Leaving Certificate Examination, 1921
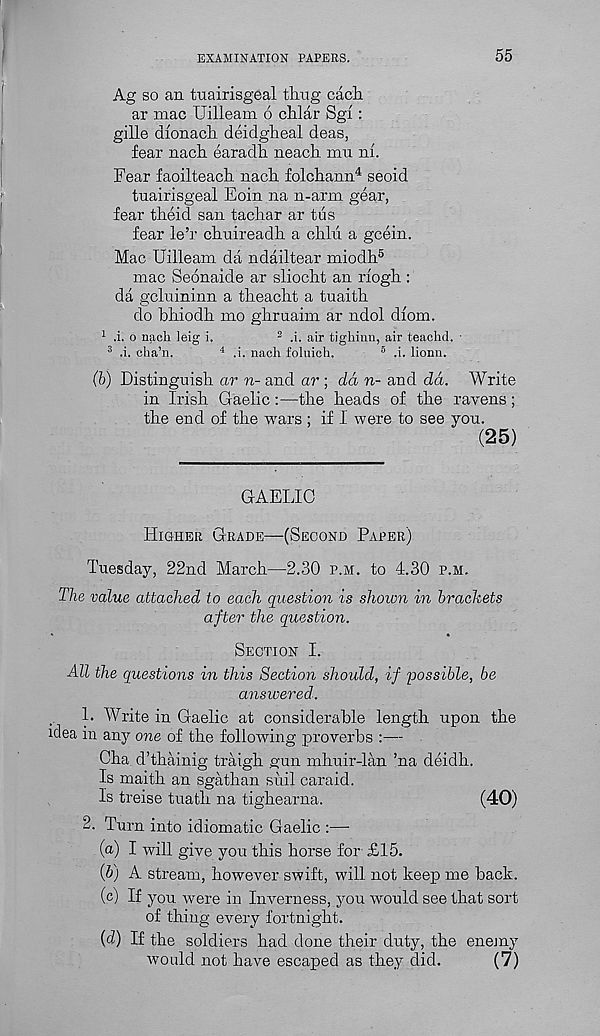
EXAMINATION PAPERS.
55
Ag so an tuairisgeal thug each
ar mac Uilleam 6 chlar Sgi:
gille dionach deidgheal deas,
fear nach earadh neach mu ni.
Fear faoilteach nach folchann 4 seoid
tuairisgeal Eoin na n-arm gear,
fear theid san tachar ar tus
fear le’r chuireadh a chin a geein.
Mac Uilleam da ndailtear miodh 5
mac Seonaide ar sliocht an riogh :
da geluininn a theacht a tuaith
do bhiodh mo ghruaim ar ndol dfom.
1 ,i. o nach leig i.
3 .i. air tighinn, air teachd. ■
3 .i. cha’n.
4 .i. nach foluich.
5 .i. lionn.
(b) Distinguish ar n- and ar ; dd n- and dd. Write
in Irish Gaelic:—the heads of the ravens;
the end of the wars ; if 1 were to see you.
(25)
GAELIC
Higher Grade—(Second Paper)
Tuesday, 22nd March—2.30 r.M. to 4.30 p.m.
The value attached to each question is shown in brackets
after the question.
Section I.
All the questions in this Section should, if jjossible, be
answered.
L Write in Gaelic at considerable length upon the
idea in any one of the following proverbs :—
Cha d’thainig traigh gun mhuir-lan ’na deidh.
Is maith an sgathan suil caraid.
Is treise tuath na tighearna.
(40)
2. Turn into idiomatic Gaelic :—
(a) I will give you this horse for £15.
(5) A stream, however swift, will not keep me back.
(c) If you were in Inverness, you would see that sort
of thing every fortnight.
(d) If the soldiers had done their duty, the enemy
would not have escaped as they did.
(7)